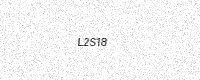
Text: L2S18